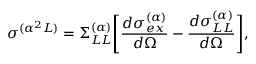
\sigma ^ { ( \alpha ^ { 2 } L ) } = \Sigma _ { L L } ^ { ( \alpha ) } \Bigg [ { \frac { d \sigma _ { e x } ^ { ( \alpha ) } } { d \Omega } } - { \frac { d \sigma _ { L L } ^ { ( \alpha ) } } { d \Omega } } \Bigg ] ,